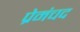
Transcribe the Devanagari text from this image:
प्रेमंचद